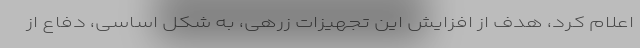
اعلام کرد، هدف از افزایش این تجهیزات زرهی، به شکل اساسی، دفاع از